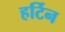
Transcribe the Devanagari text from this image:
हर्टिन